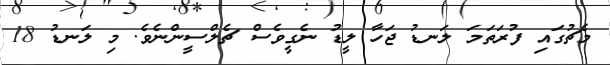
މެޗުގައި ފުރަތަމަ ލަނޑު ޖަހާ ލީޑު ނެގީވެސް ޗެލްސީންނެވެ. މި ލަނޑު 18